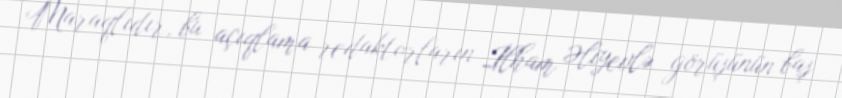
Maraqlıdır, bu açıqlama redaktorların İlham Əliyevlə görüşünün baş